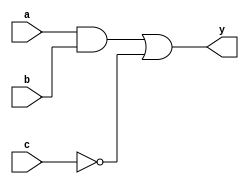
module combinational_logic(
    input wire a,       // Input signal a
    input wire b,       // Input signal b
    input wire c,       // Input signal c
    output reg y        // Output signal y
);

// Behavioral modeling block for combinational logic
always @ (a or b or c) begin
    // Logical operations to determine the output y
    y = (a & b) | (~c); // Example: y = (a AND b) OR (NOT c)
end

endmodule